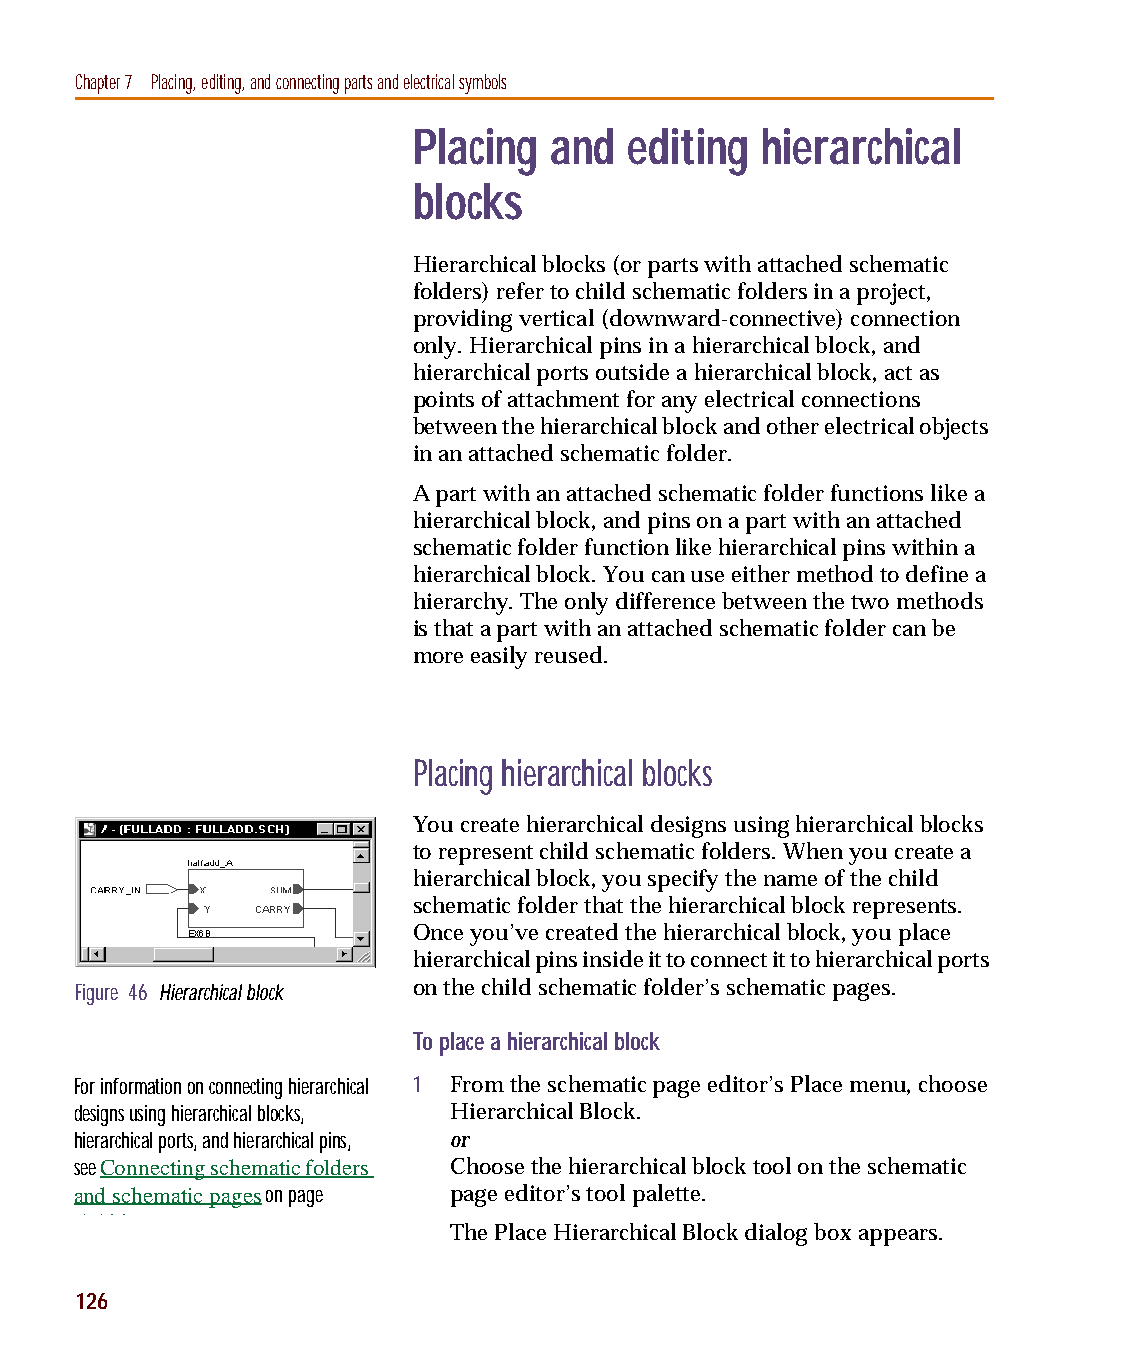
capug.book Page 126 Thursday, November 12, 1998 3:38 PM
 Chapter 7 Placing, editing, and connecting parts and electrical symbols
 Placing  and  editing  hierarchical
 blocks
 Hierarchical blocks (or parts with attached schematic
 folders) refer to child schematic folders in a project,
 providing vertical (downward-connective) connection
 only. Hierarchical pins in a hierarchical block, and
 hierarchical ports outside a hierarchical block, act as
 points of attachment for any electrical connections
 between the hierarchical block and other electrical objects
 in an attached schematic folder.
 A part with an attached schematic folder functions like a
 hierarchical block, and pins on a part with an attached
 schematic folder function like hierarchical pins within a
 hierarchical block. You can use either method to define a
 hierarchy. The only difference between the two methods
 is that a part with an attached schematic folder can be
 more easily reused.
 Placing hierarchical blocks
 You create hierarchical designs using hierarchical blocks
 to represent child schematic folders. When you create a
 hierarchical block, you specify the name of the child
 schematic folder that the hierarchical block represents.
 Once you’ve created the hierarchical block, you place
 hierarchical pins inside it to connect it to hierarchical ports
 Figure 46 Hierarchical block on the child schematic folder’s schematic pages.
 To place a hierarchical block
 For information on connecting hierarchical 1 From the schematic page editor’s Place menu, choose
 designs using hierarchical blocks, Hierarchical Block.
 hierarchical ports, and hierarchical pins, or
 see Connecting schematic folders Choose the hierarchical block tool on the schematic
 and schematic pages on page page editor’s tool palette.
 6 102
 The Place Hierarchical Block dialog box appears.
 126